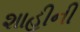
શાહીની